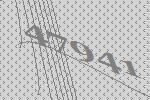
47941